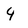
Character: 4